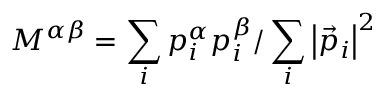
M ^ { \alpha \beta } = \sum _ { i } p _ { i } ^ { \alpha } p _ { i } ^ { \beta } / \sum _ { i } \left| \vec { p } _ { i } \right| ^ { 2 }